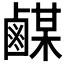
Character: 𪉴